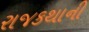
રાજકથાની